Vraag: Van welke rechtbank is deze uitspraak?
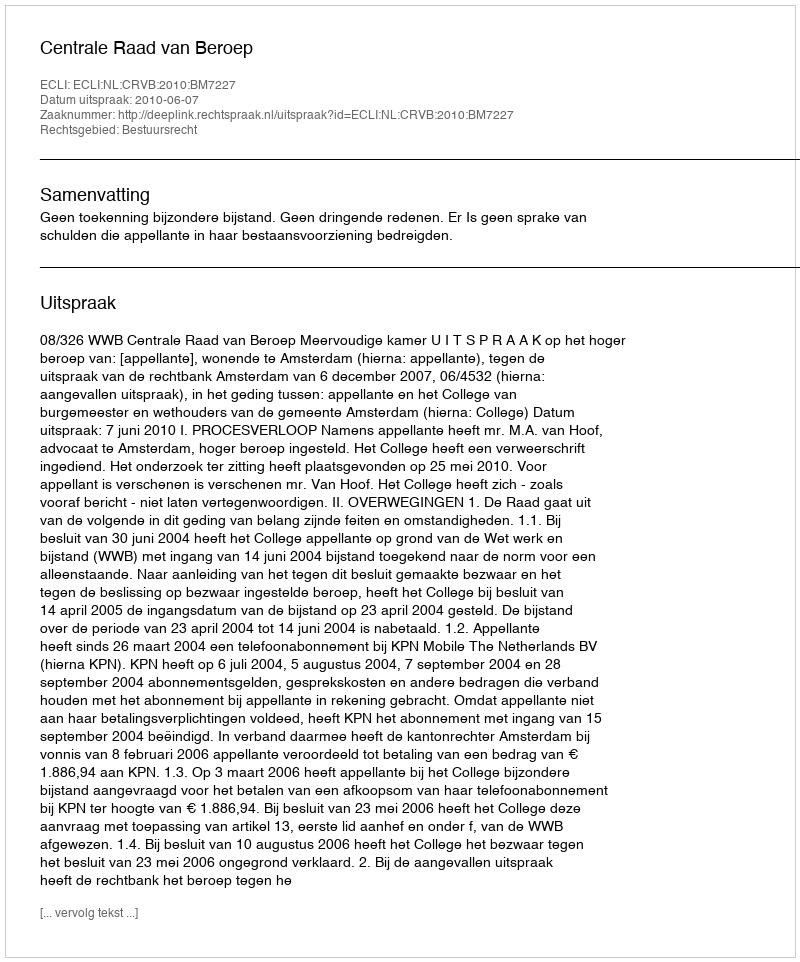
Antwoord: Centrale Raad van Beroep